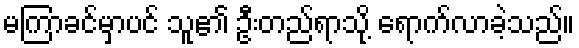
မကြာခင်မှာပင် သူ၏ ဦးတည်ရာသို့ ရောက်လာခဲ့သည်။